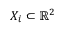
X _ { i } \subset \mathbb { R } ^ { 2 }